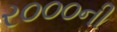
ર૦૦૦ની